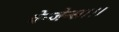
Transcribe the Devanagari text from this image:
वेन्जेन्स।।।